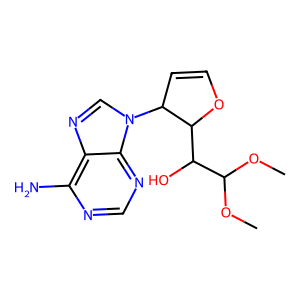
SMILES: COC(OC)C(O)C1OC=CC1n1cnc2c(N)ncnc21
Inhibits HIV replication: No